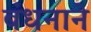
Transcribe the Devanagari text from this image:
बंधनाने